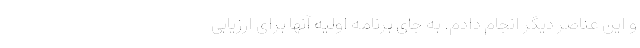
و این عناصر دیگر انجام دادم. به جای برنامه اولیه آنها برای ارزیابی